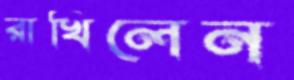
রাখিলেন